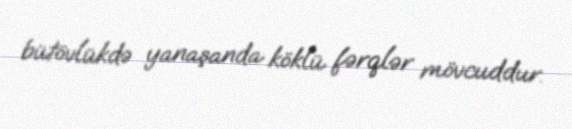
bütövlükdə yanaşanda köklü fərqlər mövcuddur.